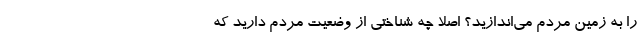
را به زمین مردم می‌اندازید؟ اصلا چه شناختی از وضعیت مردم دارید که